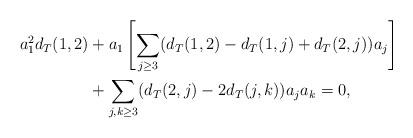
LaTeX: \begin{align*} a_1^2 d_T(1,2) & + a_1 \left [ \sum_{j \geq 3} (d_T(1,2)-d_T(1,j)+d_T(2,j))a_j \right ] \\ & + \sum_{j,k \geq 3} (d_T(2,j)-2 d_T(j,k)) a_j a_k = 0, \end{align*}